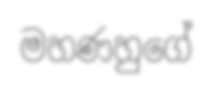
මහණහුගේ